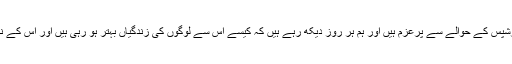
کوکاکولا میں ہم گولڈن ٹرائی اینگل پارٹنرشپس کے حوالے سے پرعزم ہیں اور ہم ہر روز دیکھ رہے ہیں کہ کیسے اس سے لوگوں کی زندگیاں بہتر ہو رہی ہیں اور اس کے نتیجے میں دنیا بہتر طور پر بدل رہی ہے۔